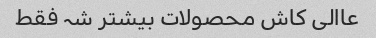
عاالی کاش محصولات بیشتر شہ فقط